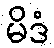
မိဒံ